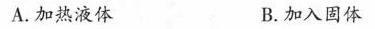
A.加热液体 B.加入固体